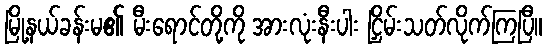
မြို့နယ်ခန်းမ၏ မီးရောင်တို့ကို အားလုံးနီးပါး ငြှိမ်းသတ်လိုက်ကြပြီ။